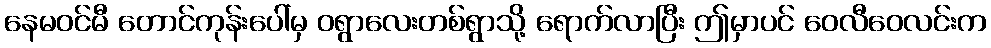
နေမဝင်မီ တောင်ကုန်းပေါ်မှ ဝရွာလေးတစ်ရွာသို့ ရောက်လာပြီး ဤမှာပင် ဝေလီဝေလင်းက